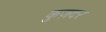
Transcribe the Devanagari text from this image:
कुज़दर